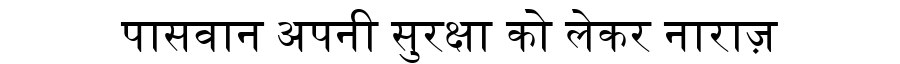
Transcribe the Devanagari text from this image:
पासवान अपनी सुरक्षा को लेकर नाराज़